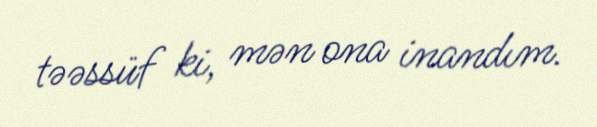
təəssüf ki, mən ona inandım.